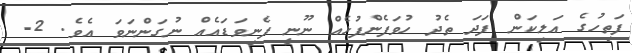
ފަތިހުގެ އަލިކަން ފަދަ ތެދު ހުވަފެންފުޅެއް ނޫނީ ފެނިވަޑައެއް ނުގަންނަވަ އެވެ. 2-